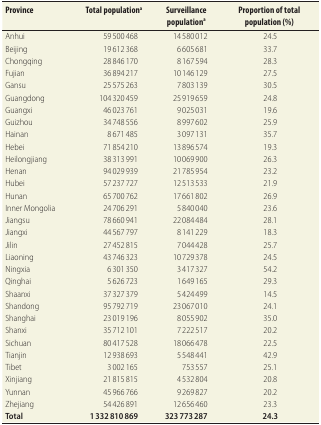
<table><thead><tr><td><b>Province</b></td><td><b>Total population<sup>a</sup></b></td><td><b>Surveillance population<sup>a</sup></b></td><td><b>Proportion of total population (%)</b></td></tr></thead><tbody><tr><td>Anhui</td><td>59 500 468</td><td>14 580 012</td><td>24.5</td></tr><tr><td>Beijing</td><td>19 612 368</td><td>6 605 681</td><td>33.7</td></tr><tr><td>Chongqing</td><td>28 846 170</td><td>8 167 594</td><td>28.3</td></tr><tr><td>Fujian</td><td>36 894 217</td><td>10 146 129</td><td>27.5</td></tr><tr><td>Gansu</td><td>25 575 263</td><td>7 803 139</td><td>30.5</td></tr><tr><td>Guangdong</td><td>104 320 459</td><td>25 919 659</td><td>24.8</td></tr><tr><td>Guangxi</td><td>46 023 761</td><td>9 025 031</td><td>19.6</td></tr><tr><td>Guizhou</td><td>34 748 556</td><td>8 997 602</td><td>25.9</td></tr><tr><td>Hainan</td><td>8 671 485</td><td>3 097 131</td><td>35.7</td></tr><tr><td>Hebei</td><td>71 854 210</td><td>13 896 574</td><td>19.3</td></tr><tr><td>Heilongjiang</td><td>38 313 991</td><td>10 069 900</td><td>26.3</td></tr><tr><td>Henan</td><td>94 029 939</td><td>21 785 954</td><td>23.2</td></tr><tr><td>Hubei</td><td>57 237 727</td><td>12 513 533</td><td>21.9</td></tr><tr><td>Hunan</td><td>65 700 762</td><td>17 661 802</td><td>26.9</td></tr><tr><td>Inner Mongolia</td><td>24 706 291</td><td>5 840 040</td><td>23.6</td></tr><tr><td>Jiangsu</td><td>78 660 941</td><td>22 084 484</td><td>28.1</td></tr><tr><td>Jiangxi</td><td>44 567 797</td><td>8 141 229</td><td>18.3</td></tr><tr><td>Jilin</td><td>27 452 815</td><td>7 044 428</td><td>25.7</td></tr><tr><td>Liaoning</td><td>43 746 323</td><td>10 729 378</td><td>24.5</td></tr><tr><td>Ningxia</td><td>6 301 350</td><td>3 417 327</td><td>54.2</td></tr><tr><td>Qinghai</td><td>5 626 723</td><td>1 649 165</td><td>29.3</td></tr><tr><td>Shaanxi</td><td>37 327 379</td><td>5 424 499</td><td>14.5</td></tr><tr><td>Shandong</td><td>95 792 719</td><td>23 067 010</td><td>24.1</td></tr><tr><td>Shanghai</td><td>23 019 196</td><td>8 055 902</td><td>35.0</td></tr><tr><td>Shanxi</td><td>35 712 101</td><td>7 222 517</td><td>20.2</td></tr><tr><td>Sichuan</td><td>80 417 528</td><td>18 066 478</td><td>22.5</td></tr><tr><td>Tianjin</td><td>12 938 693</td><td>5 548 441</td><td>42.9</td></tr><tr><td>Tibet</td><td>3 002 165</td><td>753 557</td><td>25.1</td></tr><tr><td>Xinjiang</td><td>21 815 815</td><td>4 532 804</td><td>20.8</td></tr><tr><td>Yunnan</td><td>45 966 766</td><td>9 269 827</td><td>20.2</td></tr><tr><td>Zhejiang</td><td>54 426 891</td><td>12 656 460</td><td>23.3</td></tr><tr><td><b>Total</b></td><td><b>1 332 810 869</b></td><td><b>323 773 287</b></td><td><b>24.3</b></td></tr></tbody></table>